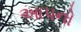
આપનો